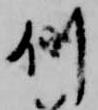
例